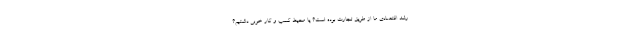
رشد اقتصادی ما از طریق تجارت بوده است؟ یا محیط کسب و کار خوبی داشتیم؟